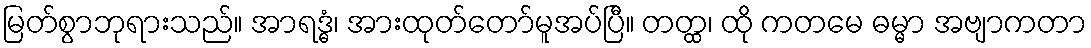
မြတ်စွာဘုရားသည်။ အာရဒ္ဓံ၊ အားထုတ်တော်မူအပ်ပြီ။ တတ္ထ၊ ထို ကတမေ ဓမ္မာ အဗျာကတာ